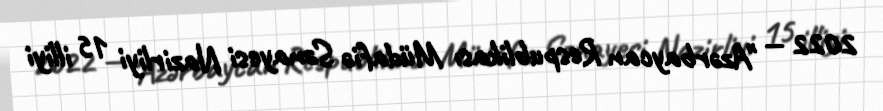
2022 — "Azərbaycan Respublikası Müdafiə Sənayesi Nazirliyi 15 illiyi